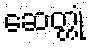
ဆေတ္တုံ